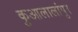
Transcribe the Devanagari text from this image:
कुआलालांपुर